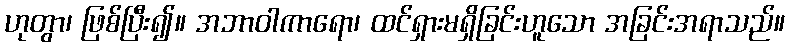
ဟုတွာ၊ ဖြစ်ပြီး၍။ အဘာဝါကာရော၊ ထင်ရှားမရှိခြင်းဟူသော အခြင်းအရာသည်။